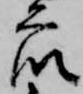
衆